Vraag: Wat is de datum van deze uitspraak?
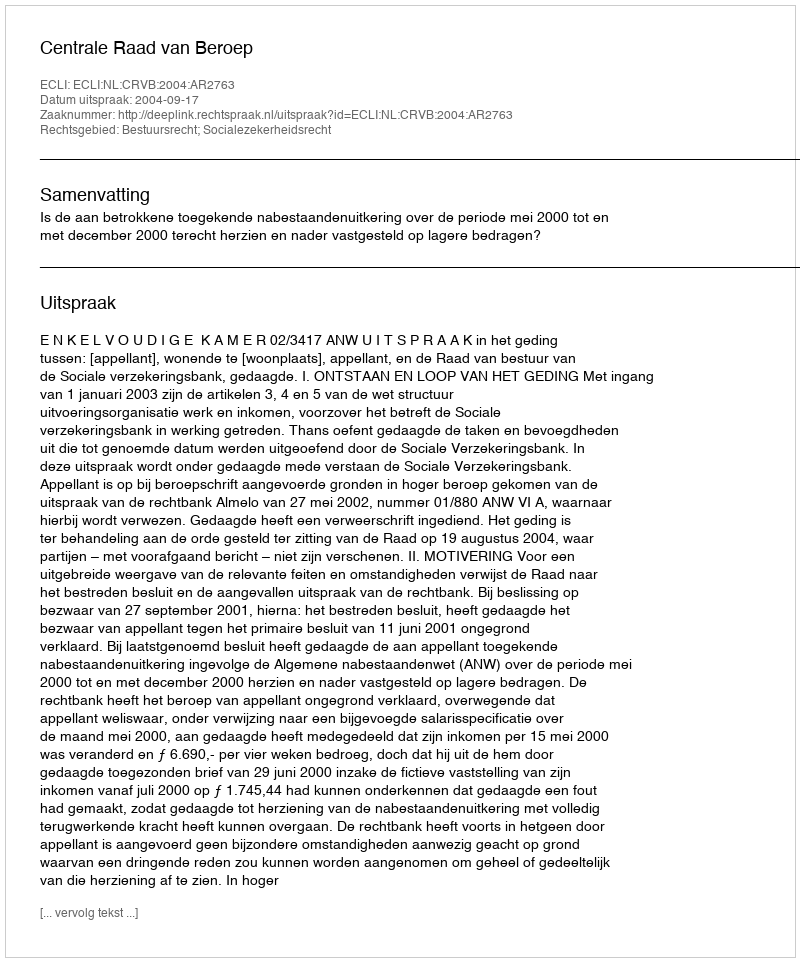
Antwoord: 2004-09-17